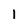
Character: 1